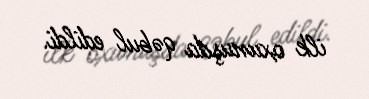
ilk oxunuşda qəbul edildi.